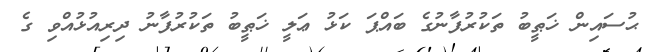
ޙުސައިން ޚަޠީބު ތަކުރުފާނުގެ ބައްޕަ ކަޅު ޢަލީ ޚަޠީބު ތަކުރުފާނު ދިރިއުޅުއްވި ގެ